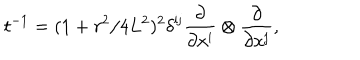
LaTeX: t ^ { - 1 } = ( 1 + r ^ { 2 } / 4 L ^ { 2 } ) ^ { 2 } \delta ^ { \mathrm { i j } } { \frac { \partial } { \partial x ^ { \mathrm { i } } } } \otimes { \frac { \partial } { \partial x ^ { \mathrm { j } } } } ,